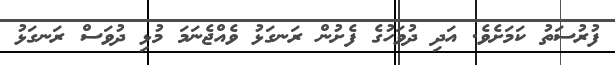
ފުރުސަތު ކަމަށެވެ. އަދި ދުވަހުގެ ފެށުން ރަނގަޅު ވެއްޖެނަމަ މުޅި ދުވަސް ރަނގަޅު